Report on vaccination in Madras 1904-1921 - 1904-1921
Year: 1904
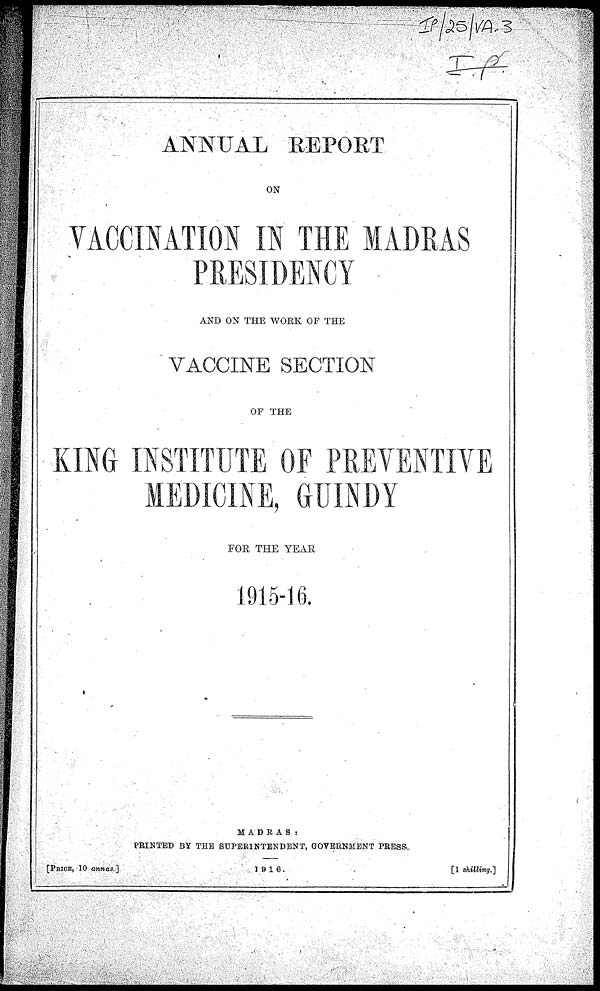
ANNUAL REPORT
ON
VACCINATION IN THE MADRAS
PRESIDENCY
AND ON THE WORK OF THE
VACCINE SECTION
OF THE
KING INSTITUTE OF PREVENTIVE
MEDICINE, GUINDY
FOR THE YEAR
1915-16.
MADRAS:
PRINTED BY THE SUPERINTENDENT, GOVERNMENT PRESS
[PRICE, 10 annas.]
1916.
[1 shilling.]